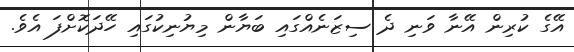
އޭގެ ކުރިން އޭނާ ވަނި ދެ ސިޒަނެއްގައި ބަޔާން މިޔުނިކުގައި ހޭދަކޮށްފަ އެވެ.